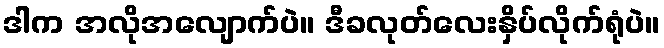
ဒါက အလိုအလျောက်ပဲ။ ဒီခလုတ်လေးနှိပ်လိုက်ရုံပဲ။